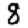
Digit: 8